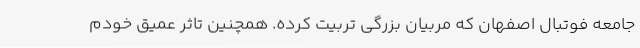
جامعه فوتبال اصفهان که مربیان بزرگی تربیت کرده. همچنین تاثر عمیق خودم